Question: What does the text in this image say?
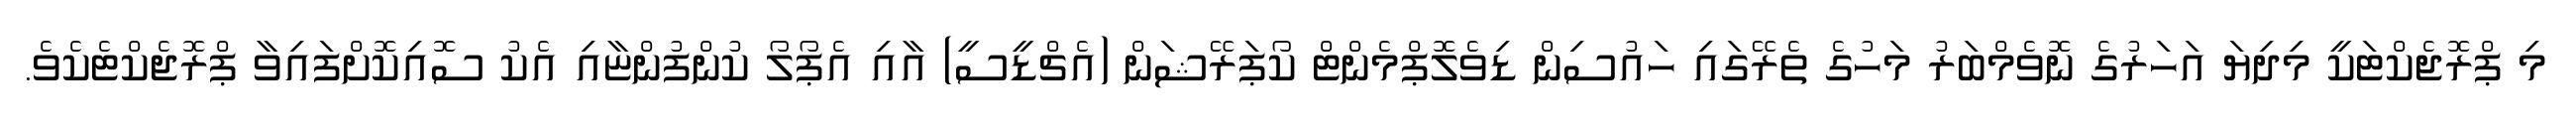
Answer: މި ޕްރޮޖެކްޓަކީ މިދިޔަ އަހަރުގެ ނޮވެމްބަރު މަހުގެ ތެރޭގައި ހައުސިން ޑިވެލޮޕްމެންޓް ކޯޕަރޭޝަން (އެޗްޑީސީ) އާއި އެޕޯލޯ ކުންފުންޏާއި އެކު ސޮއިކޮށްފައިވާ ޕްރޮޖެކްޓެކެވެ.